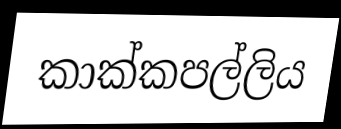
කාක්කපල්ලිය